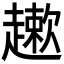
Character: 𲃒